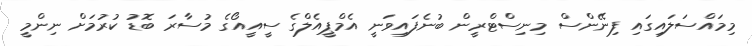
މިމައްސަލައިގައި ފިނޭންސް މިނިސްޓްރީން ބުނެފައިވަނީ އެމްޕީއެލްގެ ސީއީއޯގެ މުސާރަ ބޮޑު ކުރުމަށް ނިންމީ